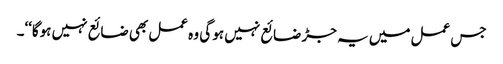
جس عمل میں یہ جڑ ضائع نہیں ہو گی وہ عمل بھی ضائع نہیں ہوگا‘‘۔